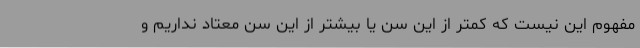
مفهوم این نیست که کمتر از این سن یا بیشتر از این سن معتاد نداریم و